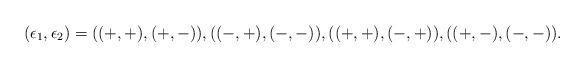
LaTeX: \begin{align*}(\epsilon_1, \epsilon_2) = ((+, +), (+, -)), ((-, +), (-, -)), ((+, +), (-, +)), ((+, -), (-, -)).\end{align*}